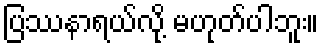
ပြဿနာရယ်လို့ မဟုတ်ပါဘူး။